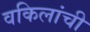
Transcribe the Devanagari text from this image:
वकिलांची